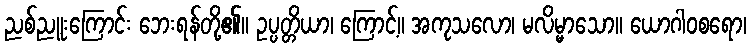
ညစ်ညူးကြောင်း ဘေးရန်တို့၏။ ဥပ္ပတ္တိယာ၊ ကြောင့်။ အကုသလော၊ မလိမ္မာသော။ ယောဂါဝစရော၊